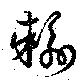
輸